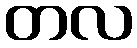
တလ